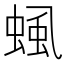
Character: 𧌡